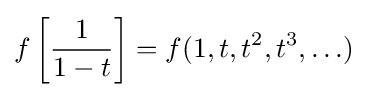
f\left[{\frac {1}{1-t}}\right]=f(1,t,t^{2},t^{3},\ldots )